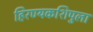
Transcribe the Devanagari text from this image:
हिरण्यकशिपुला